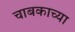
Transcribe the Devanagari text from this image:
चाबकाच्या